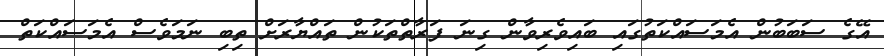
އޭގެ ސަބަބުން އެމަސައްކަތުގައި ބައިވެރިވާން ގިނަ ފަރާތްތަކުން ތައްޔާރަށް ތިބި ނަމަވެސް އެމަސައްކަތް